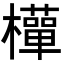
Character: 𭬩